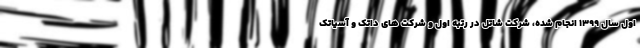
اول سال ۱۳۹۹ انجام شده، شرکت شاتل در رتبه اول و شرکت های داتک و آسیاتک